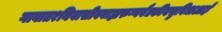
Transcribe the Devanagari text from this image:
गावात१निवासीवबाह्यरुग्णवैद्यकीयसुविधाआहे